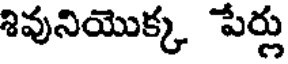
శివునియొక్క పేర్లు